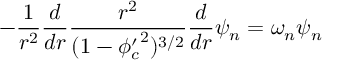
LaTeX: - \frac { 1 } { r ^ { 2 } } \frac { d } { d r } \frac { r ^ { 2 } } { ( 1 - { \phi _ { c } ^ { \prime } } ^ { 2 } ) ^ { 3 / 2 } } \frac { d } { d r } \psi _ { n } = \omega _ { n } \psi _ { n }